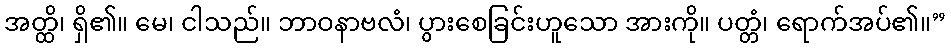
အတ္ထိ၊ ရှိ၏။ မေ၊ ငါသည်။ ဘာဝနာဗလံ၊ ပွားစေခြင်းဟူသော အားကို။ ပတ္တံ၊ ရောက်အပ်၏။”